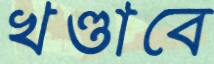
খণ্ডাবে